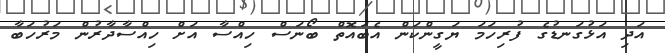
އަދި އަޅުގަނޑުގެ ފުރިހަމަ ޔަގީންކަން އެބައޮތް ބޯނަސް ހިއްސާ އަށް ހިއްސާދާރުން މަރުހަބާ